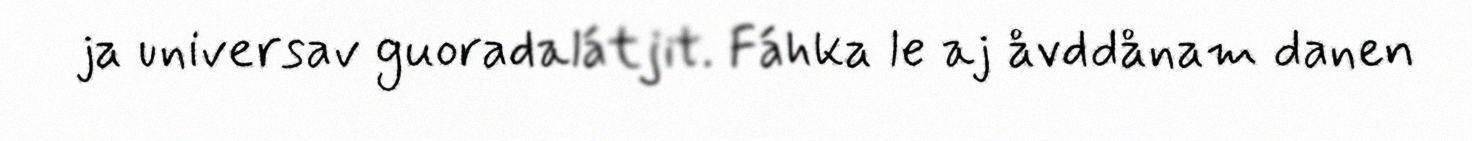
ja universav guoradalátjit. Fáhka le aj åvddånam danen